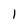
Character: l